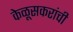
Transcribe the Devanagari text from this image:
केळूसकरांची